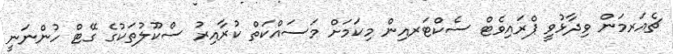
ޗެއަރމަން ވިދާޅުވީ ޕްރައިވެޓް ސެކްޓަރއިން މިކަމަށް މަސައްކަތް ކުރާއިރު ސްކޫލުތަކުގެ ގޭޓް ހުންނަނީ